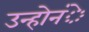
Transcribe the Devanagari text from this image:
उन्होनंे